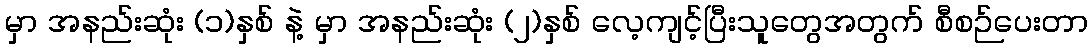
မှာ အနည်းဆုံး (၁)နှစ် နဲ့ မှာ အနည်းဆုံး (၂)နှစ် လေ့ကျင့်ပြီးသူတွေအတွက် စီစဉ်ပေးတာ